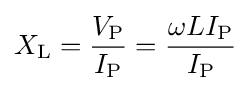
X_{\mathrm {L} }={\frac {V_{\mathrm {P} }}{I_{\mathrm {P} }}}={\frac {\omega LI_{\mathrm {P} }}{I_{\mathrm {P} }}}